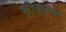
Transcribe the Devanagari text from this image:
भोन्राज